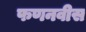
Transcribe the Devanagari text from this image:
फणनवीस